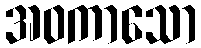
အဝကာသော